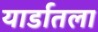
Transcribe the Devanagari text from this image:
यार्डातला